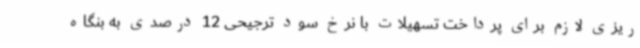
ریزی لازم برای پرداخت تسهیلات با نرخ سود ترجیحی 12 درصدی به بنگاه